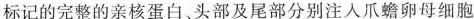
标记的完整的亲核蛋白、头部及尾部分别注入爪蟾卵母细胞